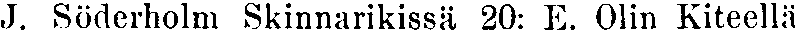
J. Söderholm Skinnarikissä 20: E. Olin Kiteellä